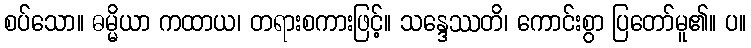
စပ်သော။ ဓမ္မိယာ ကထာယ၊ တရားစကားဖြင့်။ သန္ဒေဿတိ၊ ကောင်းစွာ ပြတော်မူ၏။ ပ။